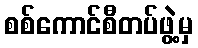
စစ်ကောင်စီတပ်ဖွဲ့မှ